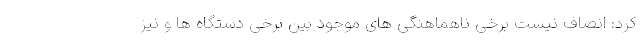
کرد: انصاف نیست برخی ناهماهنگی های موجود بین برخی دستگاه ها و نیز